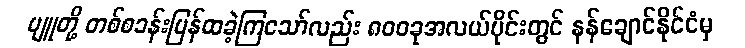
ပျူတို့ တစ်စခန်းပြန်ထခဲ့ကြသော်လည်း ၈၀၀ခုအလယ်ပိုင်းတွင် နန်ချောင်နိုင်ငံမှ